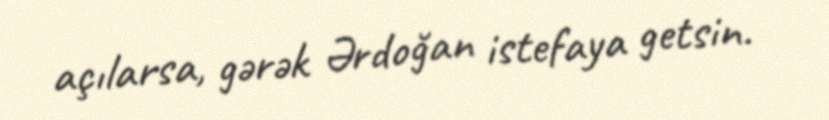
açılarsa, gərək Ərdoğan istefaya getsin.